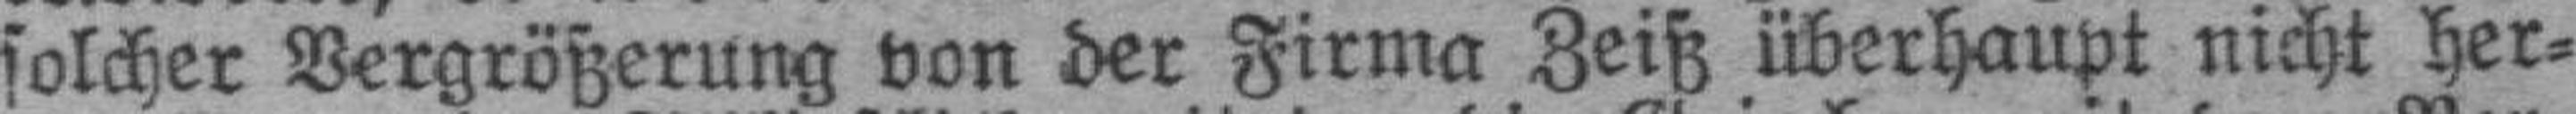
solcher Vergrößerung von der Firma Zeiß überhaupt nicht her¬